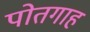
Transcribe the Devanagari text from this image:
पोतगाह